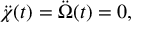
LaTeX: \ddot { \chi } ( t ) = \ddot { \Omega } ( t ) = 0 ,